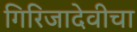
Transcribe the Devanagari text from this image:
गिरिजादेवीचा